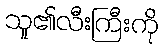
သူ၏လီးကြီးကို